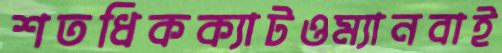
শতধিকক্যাটওম্যানবাই